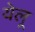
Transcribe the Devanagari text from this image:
येलू